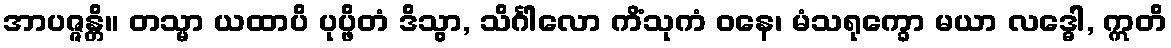
အာပဇ္ဇန္တိ။ တသ္မာ ယထာပိ ပုပ္ဖိတံ ဒိသွာ, သိင်္ဂါလော ကိံသုကံ ဝနေ၊ မံသရုက္ခော မယာ လဒ္ဓေါ, ဣတိ